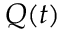
Q ( t )